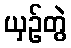
ယှဉ်တွဲ